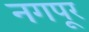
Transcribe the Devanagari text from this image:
नगपूर